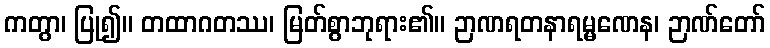
ကတွာ၊ ပြု၍။ တထာဂတဿ၊ မြတ်စွာဘုရား၏။ ဉာဏရတနာရမ္မဏေန၊ ဉာဏ်တော်